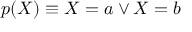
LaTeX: p ( X ) \equiv X = a \lor X = b